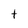
Character: t